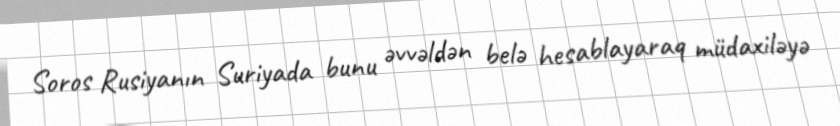
Soros Rusiyanın Suriyada bunu əvvəldən belə hesablayaraq müdaxiləyə